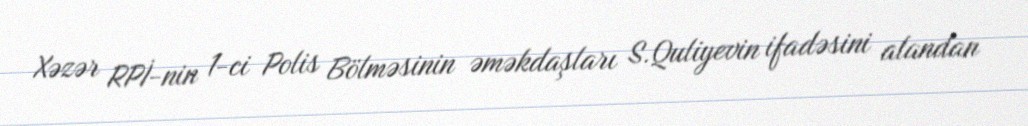
Xəzər RPİ-nin 1-ci Polis Bölməsinin əməkdaşları S.Quliyevin ifadəsini alandan